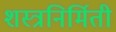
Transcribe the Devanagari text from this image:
शस्त्रनिर्मिती